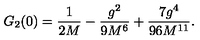
G _ { 2 } ( 0 ) = { \frac { 1 } { 2 M } } - { \frac { g ^ { 2 } } { 9 M ^ { 6 } } } + { \frac { 7 g ^ { 4 } } { 9 6 M ^ { 1 1 } } } .